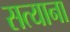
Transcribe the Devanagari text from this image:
सत्याना